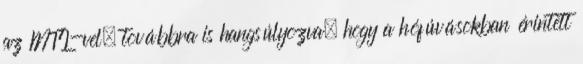
az MTI-vel, továbbra is hangsúlyozva, hogy a hófúvásokban érintett